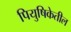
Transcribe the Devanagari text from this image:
पियुषिकेतील